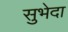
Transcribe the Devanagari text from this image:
सुभेदा